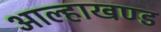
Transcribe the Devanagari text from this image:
आल्हाखण्ड